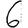
Digit: 6